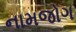
નામજોગ